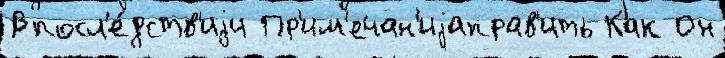
Впосл'е́дств'иjи Пр'им'ечан'иjаправ'ить Как Он